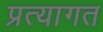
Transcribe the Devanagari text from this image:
प्रत्यागत